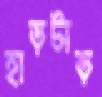
হাড়টাড়